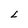
Character: L